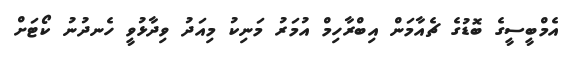
އެމްބީސީގެ ބޮޑުގެ ޗެއާމަން އިބްރާހިމް އުމަރު މަނިކު މިއަދު ވިދާޅުވީ ހެނދުނު ކޯޓަށް